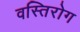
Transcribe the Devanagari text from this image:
वस्तिरोग